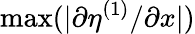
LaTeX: \operatorname*{max}(|\partial\eta^{(1)}/\partial x|)